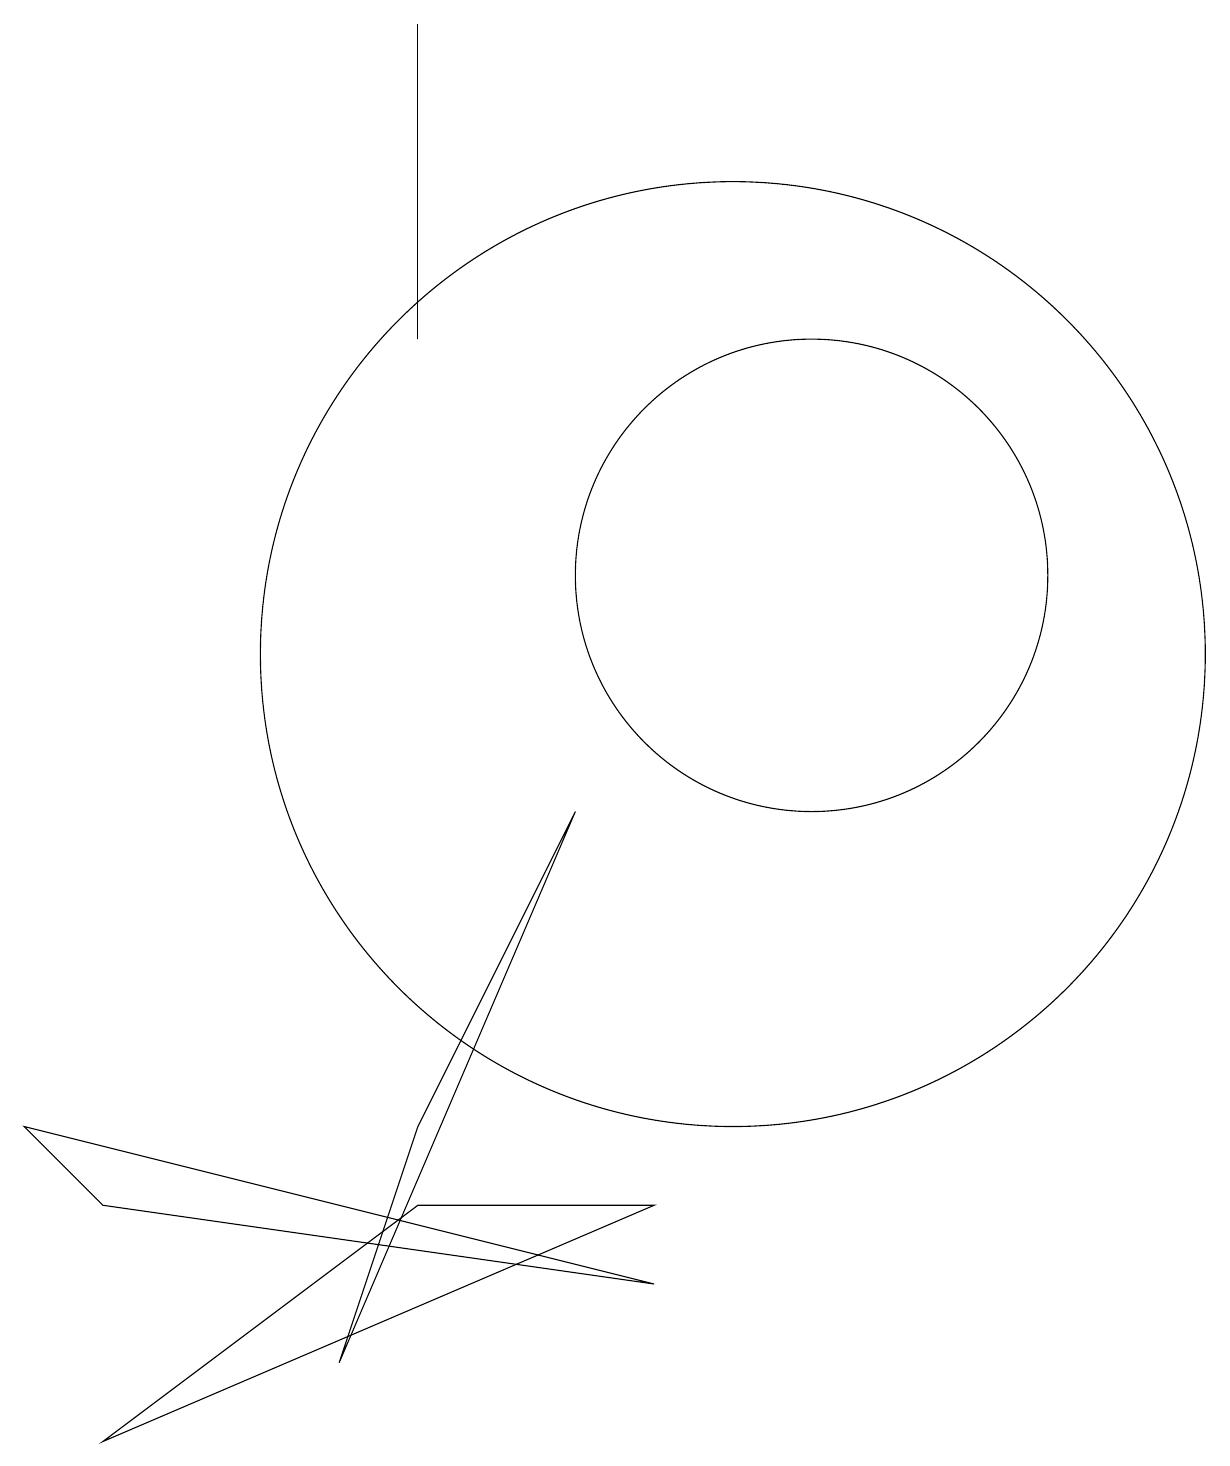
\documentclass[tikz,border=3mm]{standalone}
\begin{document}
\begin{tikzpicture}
\draw (9,3) -- (2,0) -- (6,3) -- cycle;
\draw (6,14) rectangle (6,18);
\draw (5,1) -- (6,4) -- (8,8) -- cycle;
\draw (11,11) circle (3);
\draw (10,10) circle (6);
\draw (1,4) -- (9,2) -- (2,3) -- cycle;
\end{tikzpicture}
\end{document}